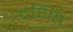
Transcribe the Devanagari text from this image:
दंशित